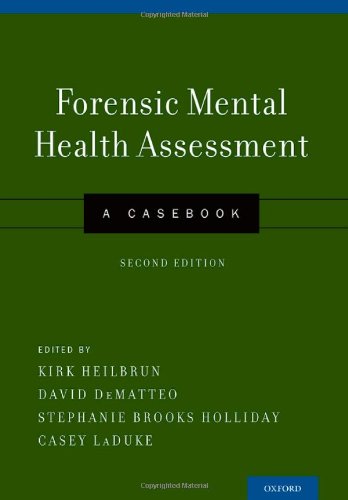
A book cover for Forensic Mental Health Assessment: A Casebook; Medical Books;